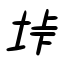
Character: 垰